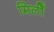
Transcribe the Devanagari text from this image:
मिलीँ